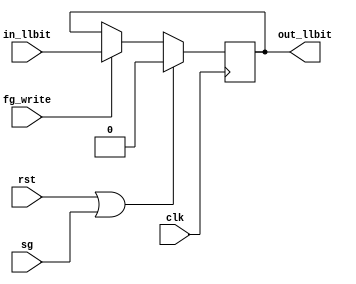
module LLbit_reg(clk, rst, sg, in_llbit, fg_write, out_llbit);
input wire clk, rst, sg, in_llbit, fg_write;
output reg out_llbit;

	always @(posedge clk)
	begin
		if((rst == 1'b1) || (sg == 1'b1)) begin out_llbit <= 1'b0;
		end else if(fg_write == 1'b1) begin out_llbit <= in_llbit; end
	end

endmodule